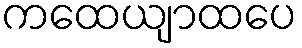
ကထေယျာထပေ